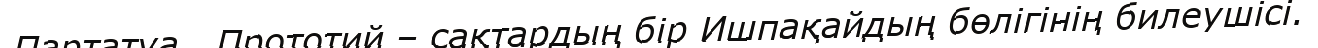
Партатуа,  Прототий – сақтардың бір Ишпақайдың бөлігінің билеушісі.